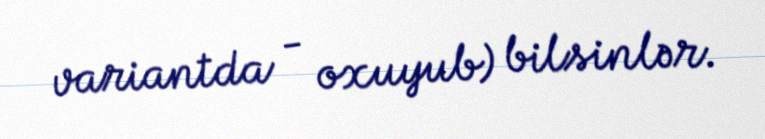
variantda - oxuyub) bilsinlər.